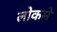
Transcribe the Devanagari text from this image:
लोकमे